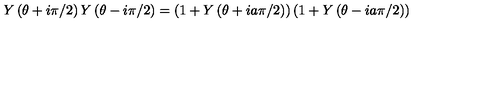
Y \left( \theta + i \pi / 2 \right) Y \left( \theta - i \pi / 2 \right) = \left( 1 + Y \left( \theta + i a \pi / 2 \right) \right) \left( 1 + Y \left( \theta - i a \pi / 2 \right) \right)